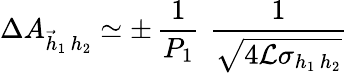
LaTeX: \Delta A_{\vec{h}_{1}\, h_{2}}\simeq\pm\, \frac{1}{P_{1}}\, \, \frac{1}{\sqrt{4{\cal{L}}\sigma_{h_{1}\, h_{2}}}}